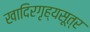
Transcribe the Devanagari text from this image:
खादिरगृह्यसूत्र